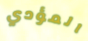
المؤدي